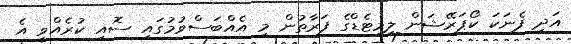
އަދި ފެނަކަ ކޯޕަރޭޝަން ލިމިޓެޑްގެ ފަރާތުން މި އެއްބަސްވުމުގައި ސޮއި ކުރެއްވީ އެ